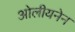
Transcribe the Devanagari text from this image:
ओलीयनेन